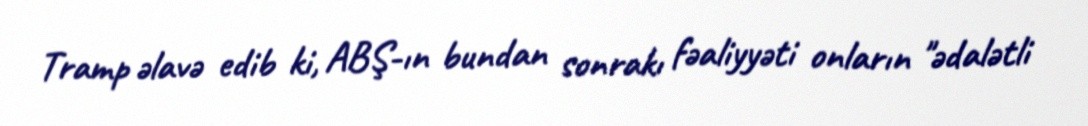
Tramp əlavə edib ki, ABŞ-ın bundan sonrakı fəaliyyəti onların "ədalətli